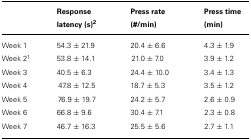
|  | Response latency (s)2 | Press rate (#/min) | Press time (min) |
 | --- | --- | --- | --- |
 | Week 1 | 54.3 ± 21.9 | 20.4 ± 6.6 | 4.3 ± 1.9 |
 | Week 21 | 53.8 ± 14.1 | 21.0 ± 7.0 | 3.9 ± 1.2 |
 | Week 3 | 40.5 ± 6.3 | 24.4 ± 10.0 | 3.4 ± 1.3 |
 | Week 4 | 47.8 ± 12.5 | 18.7 ± 5.3 | 3.5 ± 1.2 |
 | Week 5 | 76.9 ± 19.7 | 24.2 ± 5.7 | 2.6 ± 0.9 |
 | Week 6 | 66.8 ± 9.6 | 30.4 ± 7.1 | 2.3 ± 0.8 |
 | Week 7 | 46.7 ± 16.3 | 25.5 ± 5.6 | 2.7 ± 1.1 |